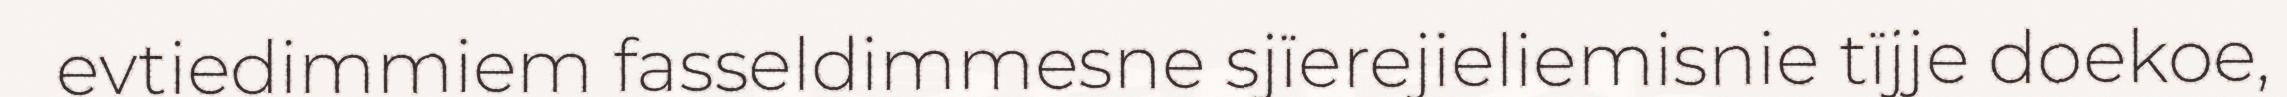
evtiedimmiem fasseldimmesne sjïerejieliemisnie tïjje doekoe,